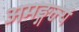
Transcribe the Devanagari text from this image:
अमङ्गल्यं